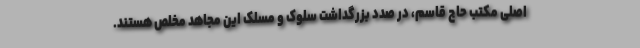
اصلی مکتب حاج قاسم، در صدد بزرگداشت سلوک و مسلک این مجاهد مخلص هستند.